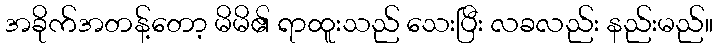
အခိုက်အတန့်တော့ မိမိ၏ ရာထူးသည် သေးပြီး လခလည်း နည်းမည်။